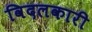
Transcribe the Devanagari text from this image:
विदलकारी